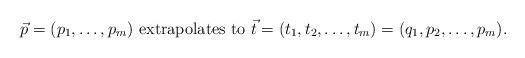
LaTeX: \begin{align*}\mbox{$\vec{p}=(p_1,\dots, p_m)$ extrapolates to $\vec{t}=(t_1,t_2, \dots, t_m)=(q_1,p_2,\dots,p_m)$}.\end{align*}